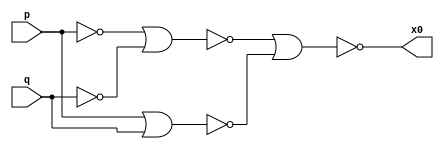
// -------------------------------------
// Guia 05_05 - Diferenca Completa 3 bits nor
// Nome: Ludmily Caldeira da Silva
// -------------------------------------

// -------------------------------
// -- Diferenca Completa 3 bits
// -------------------------------

//--------- xor de nor

module xorgate (x0, p, q);

output x0;
input p, q;
wire t[0:3];

nor NOR1 (t[0], p);
nor NOR2 (t[1], q);
nor NOR3 (t[2], p, q);
nor NOR4 (t[3], t[0], t[1]);
nor NOR5 (x0, t[3], t[2]); // esta saida corresponde ao d

endmodule // xorgate

//------------ not de nor

module notgate (x1, a);

output x1;
input a;

nor NOR1 (x1, a);

endmodule // notgate

//--------- and nor

module andgate (x2, b, c);

output x2;
input b, c;
wire e[0:2];

nor NOR1 (e[0], c);
notgate NOT1 (e[1], b);
nor NOR2 (e[2], e[1]);
nor NOR3 (x2, e[2], e[0]); // esta saida corresponde ao Vout

endmodule // andgate

//------- or de nor

module orgate (x3, b1, c1);

output x3;
input b1, c1;
wire f;

nor NOR1 (f, b1, c1);
nor NOR2 (x3, f);

endmodule // orgate


//---------- meia diferenca nor

module MD (d1, Vout1, f1, g1);

output d1, Vout1;
input f1, g1;

xorgate XOR1 (d1, f1, g1);
andgate AND1 (Vout1, f1, g1);


endmodule // MD

//------ diferenca completa nor

module DC (d1, Vem1out, Vem1in, x1, y1);

output d1, Vem1out; 
input x1, y1, Vem1in;
wire t1, t2, t3;

MD MD1 (t1, t2, x1, y1);
MD MD2 (d1, t3, t1, Vem1in);
orgate OR1 (Vem1out, t3, t2);

endmodule // DC

//----- diferenca completa 3 bits nor

module DC3B (diferenca, Vem1, a, b);

output [2:0]diferenca;
output Vem1;
input [2:0]a;
input [2:0]b;
wire v0, v1;

MD MD1(diferenca[0], v0, a[0], b[0]);
DC DC1 (diferenca[1], v1, v0, a[1], b[1]);
DC DC2(diferenca[2], Vem1, v1, a[2], b[2]);

endmodule // DC3B

// ---------------------------
// -- test Diferenca completa
// ---------------------------

module testDC3B;

reg [2:0]x;
reg [2:0] y;
wire [2:0]d;
wire Vem1;
integer j, k, linha;

// instancia
DC3B DC3B1 (d, Vem1, x, y);

// parte principal
 initial begin

x = 0;
y = 0;
j = 0;

end

 initial begin
      $display("\nguia05_05 - Ludmily Caldeira da Silva - 417290\n");
      $display("Test Diferenca Completa 3 bits com nor\n");
      $display("\n   a      b      Cout   Soma\n");
		
      $monitor("     %3b    %3b     %b     %3b" , x, y, d, Vem1);
		
		for (j = 0; j < 8; j = j + 1) begin
					
			#1 x = j; 
								
				for (k = 0; k < 8; k = k + 1) begin
		
					#1 y = k; 
					
			   end
		
	   end
				
  end
 
endmodule // testDC3B 

/* Resultados obtidos
    
     ----jGRASP exec: vvp guia05-05.vvp
    
    
    guia05_05 - Ludmily Caldeira da Silva - 417290
    
    Test Diferenca Completa 3 bits com nor
    
    
       a      b      Cout   Soma
    
         000    000     000       0
         000    001     111       1
         000    010     110       1
         000    011     101       1
         000    100     100       1
         000    101     011       1
         000    110     010       1
         000    111     001       1
         001    111     010       1
         001    000     001       0
         001    001     000       0
         001    010     111       1
         001    011     110       1
         001    100     101       1
         001    101     100       1
         001    110     011       1
         001    111     010       1
         010    111     011       1
         010    000     010       0
         010    001     001       0
         010    010     000       0
         010    011     111       1
         010    100     110       1
         010    101     101       1
         010    110     100       1
         010    111     011       1
         011    111     100       1
         011    000     011       0
         011    001     010       0
         011    010     001       0
         011    011     000       0
         011    100     111       1
         011    101     110       1
         011    110     101       1
         011    111     100       1
         100    111     101       1
         100    000     100       0
         100    001     011       0
         100    010     010       0
         100    011     001       0
         100    100     000       0
         100    101     111       1
         100    110     110       1
         100    111     101       1
         101    111     110       1
         101    000     101       0
         101    001     100       0
         101    010     011       0
         101    011     010       0
         101    100     001       0
         101    101     000       0
         101    110     111       1
         101    111     110       1
         110    111     111       1
         110    000     110       0
         110    001     101       0
         110    010     100       0
         110    011     011       0
         110    100     010       0
         110    101     001       0
         110    110     000       0
         110    111     111       1
         111    111     000       0
         111    000     111       0
         111    001     110       0
         111    010     101       0
         111    011     100       0
         111    100     011       0
         111    101     010       0
         111    110     001       0
         111    111     000       0
    
     ----jGRASP: operation complete.
       
*/